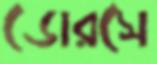
ডোরসে